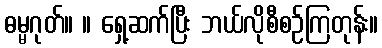
ဓမ္မဂုတ်။ ။ ရှေ့ဆက်ပြီး ဘယ်လိုစီစဉ်ကြတုန်း။